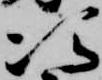
次